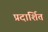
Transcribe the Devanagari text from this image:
प्रदार्शित